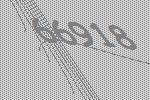
66918